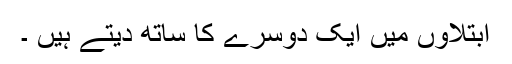
ابتلاؤں میں ایک دوسرے کا ساتھ دیتے ہیں ۔